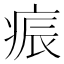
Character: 𭼏